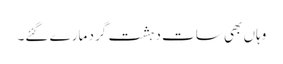
وہاں بھی سات دہشت گرد مارے گئے۔